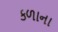
કળાના